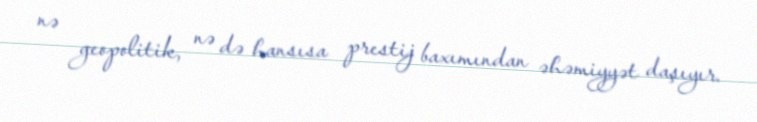
nə geopolitik, nə də hansısa prestij baxımından əhəmiyyət daşıyır.